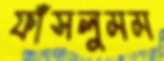
ফাঁসলুমম